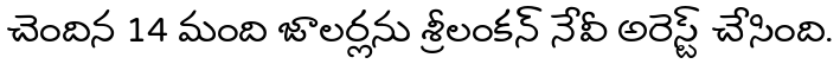
చెందిన 14 మంది జాలర్లను శ్రీలంకన్ నేవీ అరెస్ట్ చేసింది.